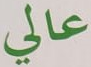
عالي